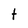
Character: t